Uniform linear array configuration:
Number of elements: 12
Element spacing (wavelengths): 1
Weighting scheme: binomial
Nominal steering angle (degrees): -30
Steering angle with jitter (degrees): -28.019
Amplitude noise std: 0.05
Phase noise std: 0.05

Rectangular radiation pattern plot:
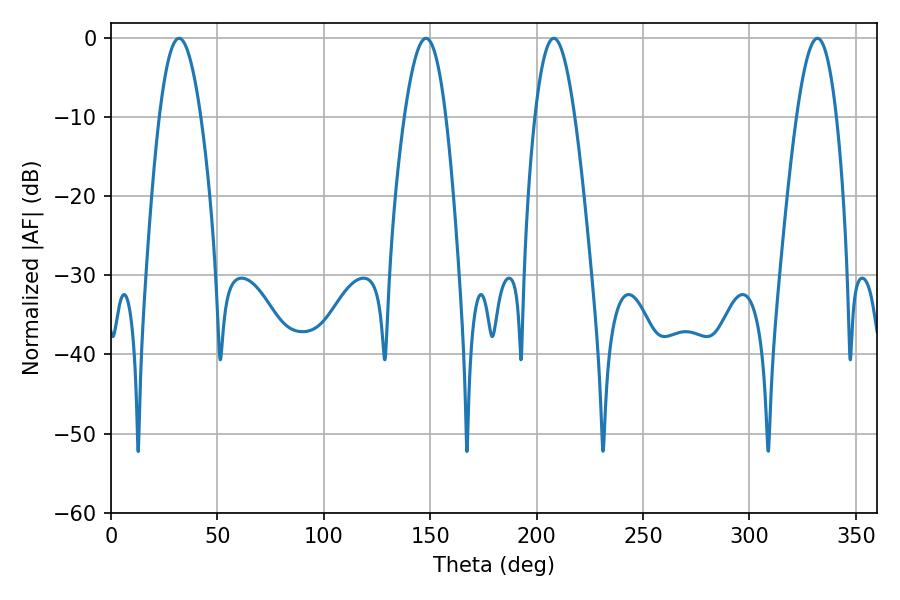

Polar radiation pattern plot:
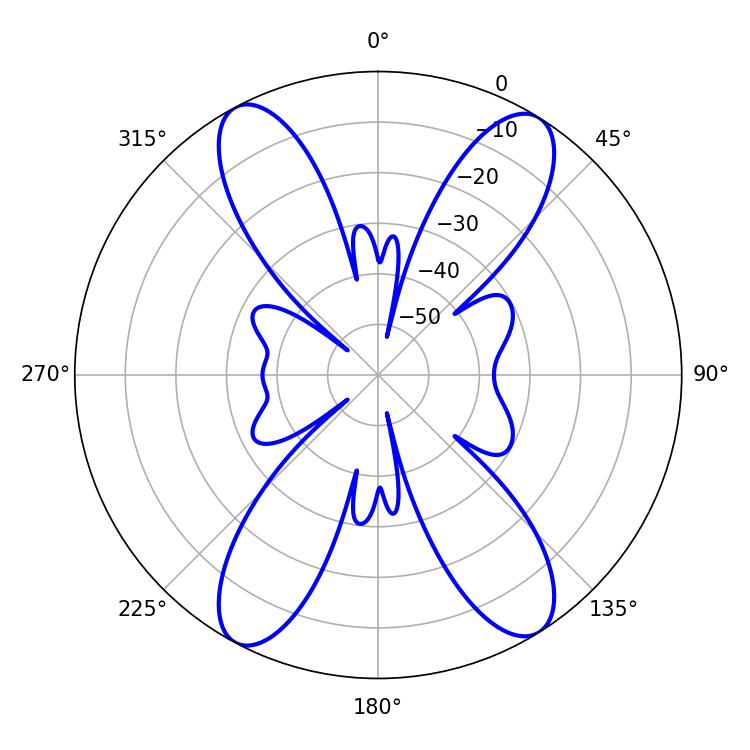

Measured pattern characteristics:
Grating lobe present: TRUE
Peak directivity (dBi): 18.097
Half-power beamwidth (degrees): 10.26
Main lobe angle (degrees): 208.08